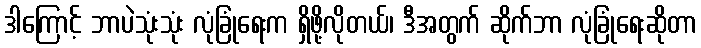
ဒါကြောင့် ဘာပဲသုံးသုံး လုံခြုံရေးက ရှိဖို့လိုတယ်၊ ဒီအတွက် ဆိုက်ဘာ လုံခြုံရေးဆိုတာ